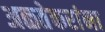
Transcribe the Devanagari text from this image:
अळतेकरांना